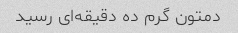
دمتون گرم ده دقیقه‌ای رسید